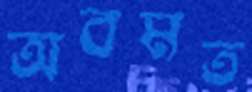
অবমত